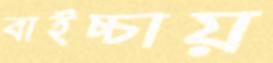
বাইচ্চায়